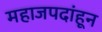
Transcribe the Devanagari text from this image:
महाजपदांहून